Insane asylums in Bengal annual reports 1867-1875 - 1867-1875
Year: 1867
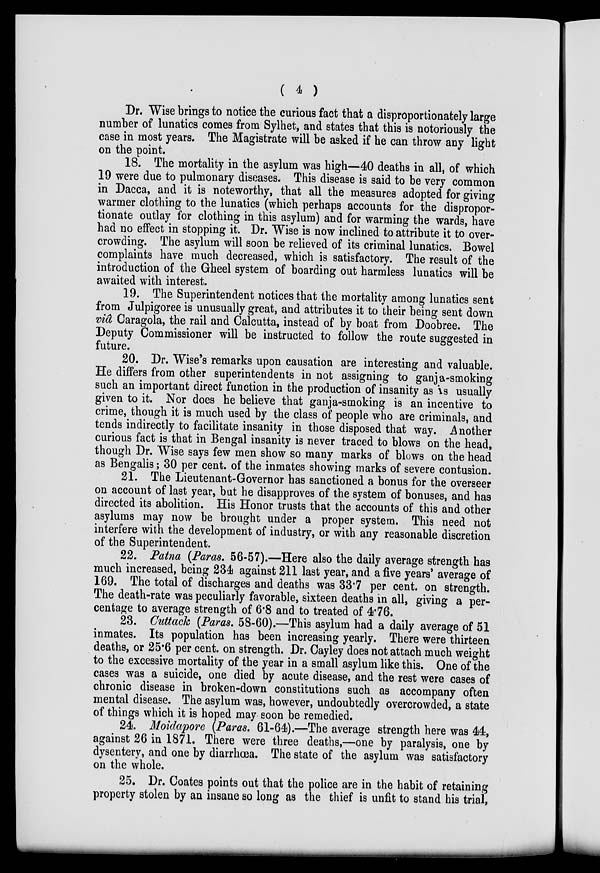
( 4 )
Dr. Wise brings to notice the curious fact that a disproportionately large
number of lunatics comes from Sylhet, and states that this is notoriously the
case in most years. The Magistrate will be asked if he can throw any light
on the point.
18. The mortality in the asylum was high—40 deaths in all, of which
19 were due to pulmonary diseases. This disease is said to be very common
in Dacca, and it is noteworthy, that all the measures adopted for giving
warmer clothing to the lunatics (which perhaps accounts for the dispropor-
tionate outlay for clothing in this asylum) and for warming the wards, have
had no effect in stopping it. Dr. Wise is now inclined to attribute it to over-
crowding. The asylum will soon be relieved of its criminal lunatics. Bowel
complaints have much decreased, which is satisfactory. The result of the
introduction of the Gheel system of boarding out harmless lunatics will be
awaited with interest.
19. The Superintendent notices that the mortality among lunatics sent
from Julpigoree is unusually great, and attributes it to their being sent down
viâ Caragola, the rail and Calcutta, instead of by boat from Doobree. The
Deputy Commissioner will be instructed to follow the route suggested in
future.
20. Dr. Wise's remarks upon causation are interesting and valuable.
He differs from other superintendents in not assigning to ganja-smoking
such an important direct function in the production of insanity as is usually
given to it. Nor does he believe that ganja-smoking is an incentive to
crime, though it is much used by the class of people who are criminals, and
tends indirectly to facilitate insanity in those disposed that way. Another
curious fact is that in Bengal insanity is never traced to blows on the head,
though Dr. Wise says few men show so many marks of blows on the head
as Bengalis; 30 per cent. of the inmates showing marks of severe contusion.
21. The Lieutenant-Governor has sanctioned a bonus for the overseer
on account of last year, but he disapproves of the system of bonuses, and has
directed its abolition. His Honor trusts that the accounts of this and other
asylums may now be brought under a proper system. This need not
interfere with the development of industry, or with any reasonable discretion
of the Superintendent.
22. Patna (Paras. 56-57).—Here also the daily average strength has
much increased, being 234 against 211 last year, and a five years' average of
169. The total of discharges and deaths was 33.7 per cent. on strength.
The death-rate was peculiarly favorable, sixteen deaths in all, giving a per-
centage to average strength of 6.8 and to treated of 4.76.
23. Cuttack (Paras. 58-60).—This asylum had a daily average of 51
inmates. Its population has been increasing yearly. There were thirteen
deaths, or 25.6 per cent. on strength. Dr. Cayley does not attach much weight
to the excessive mortality of the year in a small asylum like this. One of the
cases was a suicide, one died by acute disease, and the rest were cases of
chronic disease in broken-down constitutions such as accompany often
mental disease. The asylum was, however, undoubtedly overcrowded, a state
of things which it is hoped may soon be remedied.
24. Moidapore (Paras. 61-64).—The average strength here was 44,
against 26 in 1871. There were three deaths,—one by paralysis, one by
dysentery, and one by diarrhœa. The state of the asylum was satisfactory
on the whole.
25. Dr. Coates points out that the police are in the habit of retaining
property stolen by an insane so long as the thief is unfit to stand his trial,